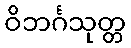
ဝိဘင်္ဂသုတ္တ